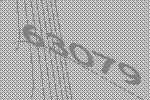
63079